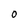
Character: O